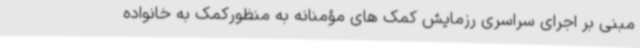
مبنی بر اجرای سراسری رزمایش کمک های مؤمنانه به منظورکمک به خانواده